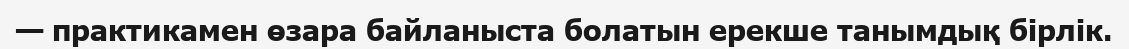
— практикамен өзара байланыста болатын ерекше танымдық бірлік.